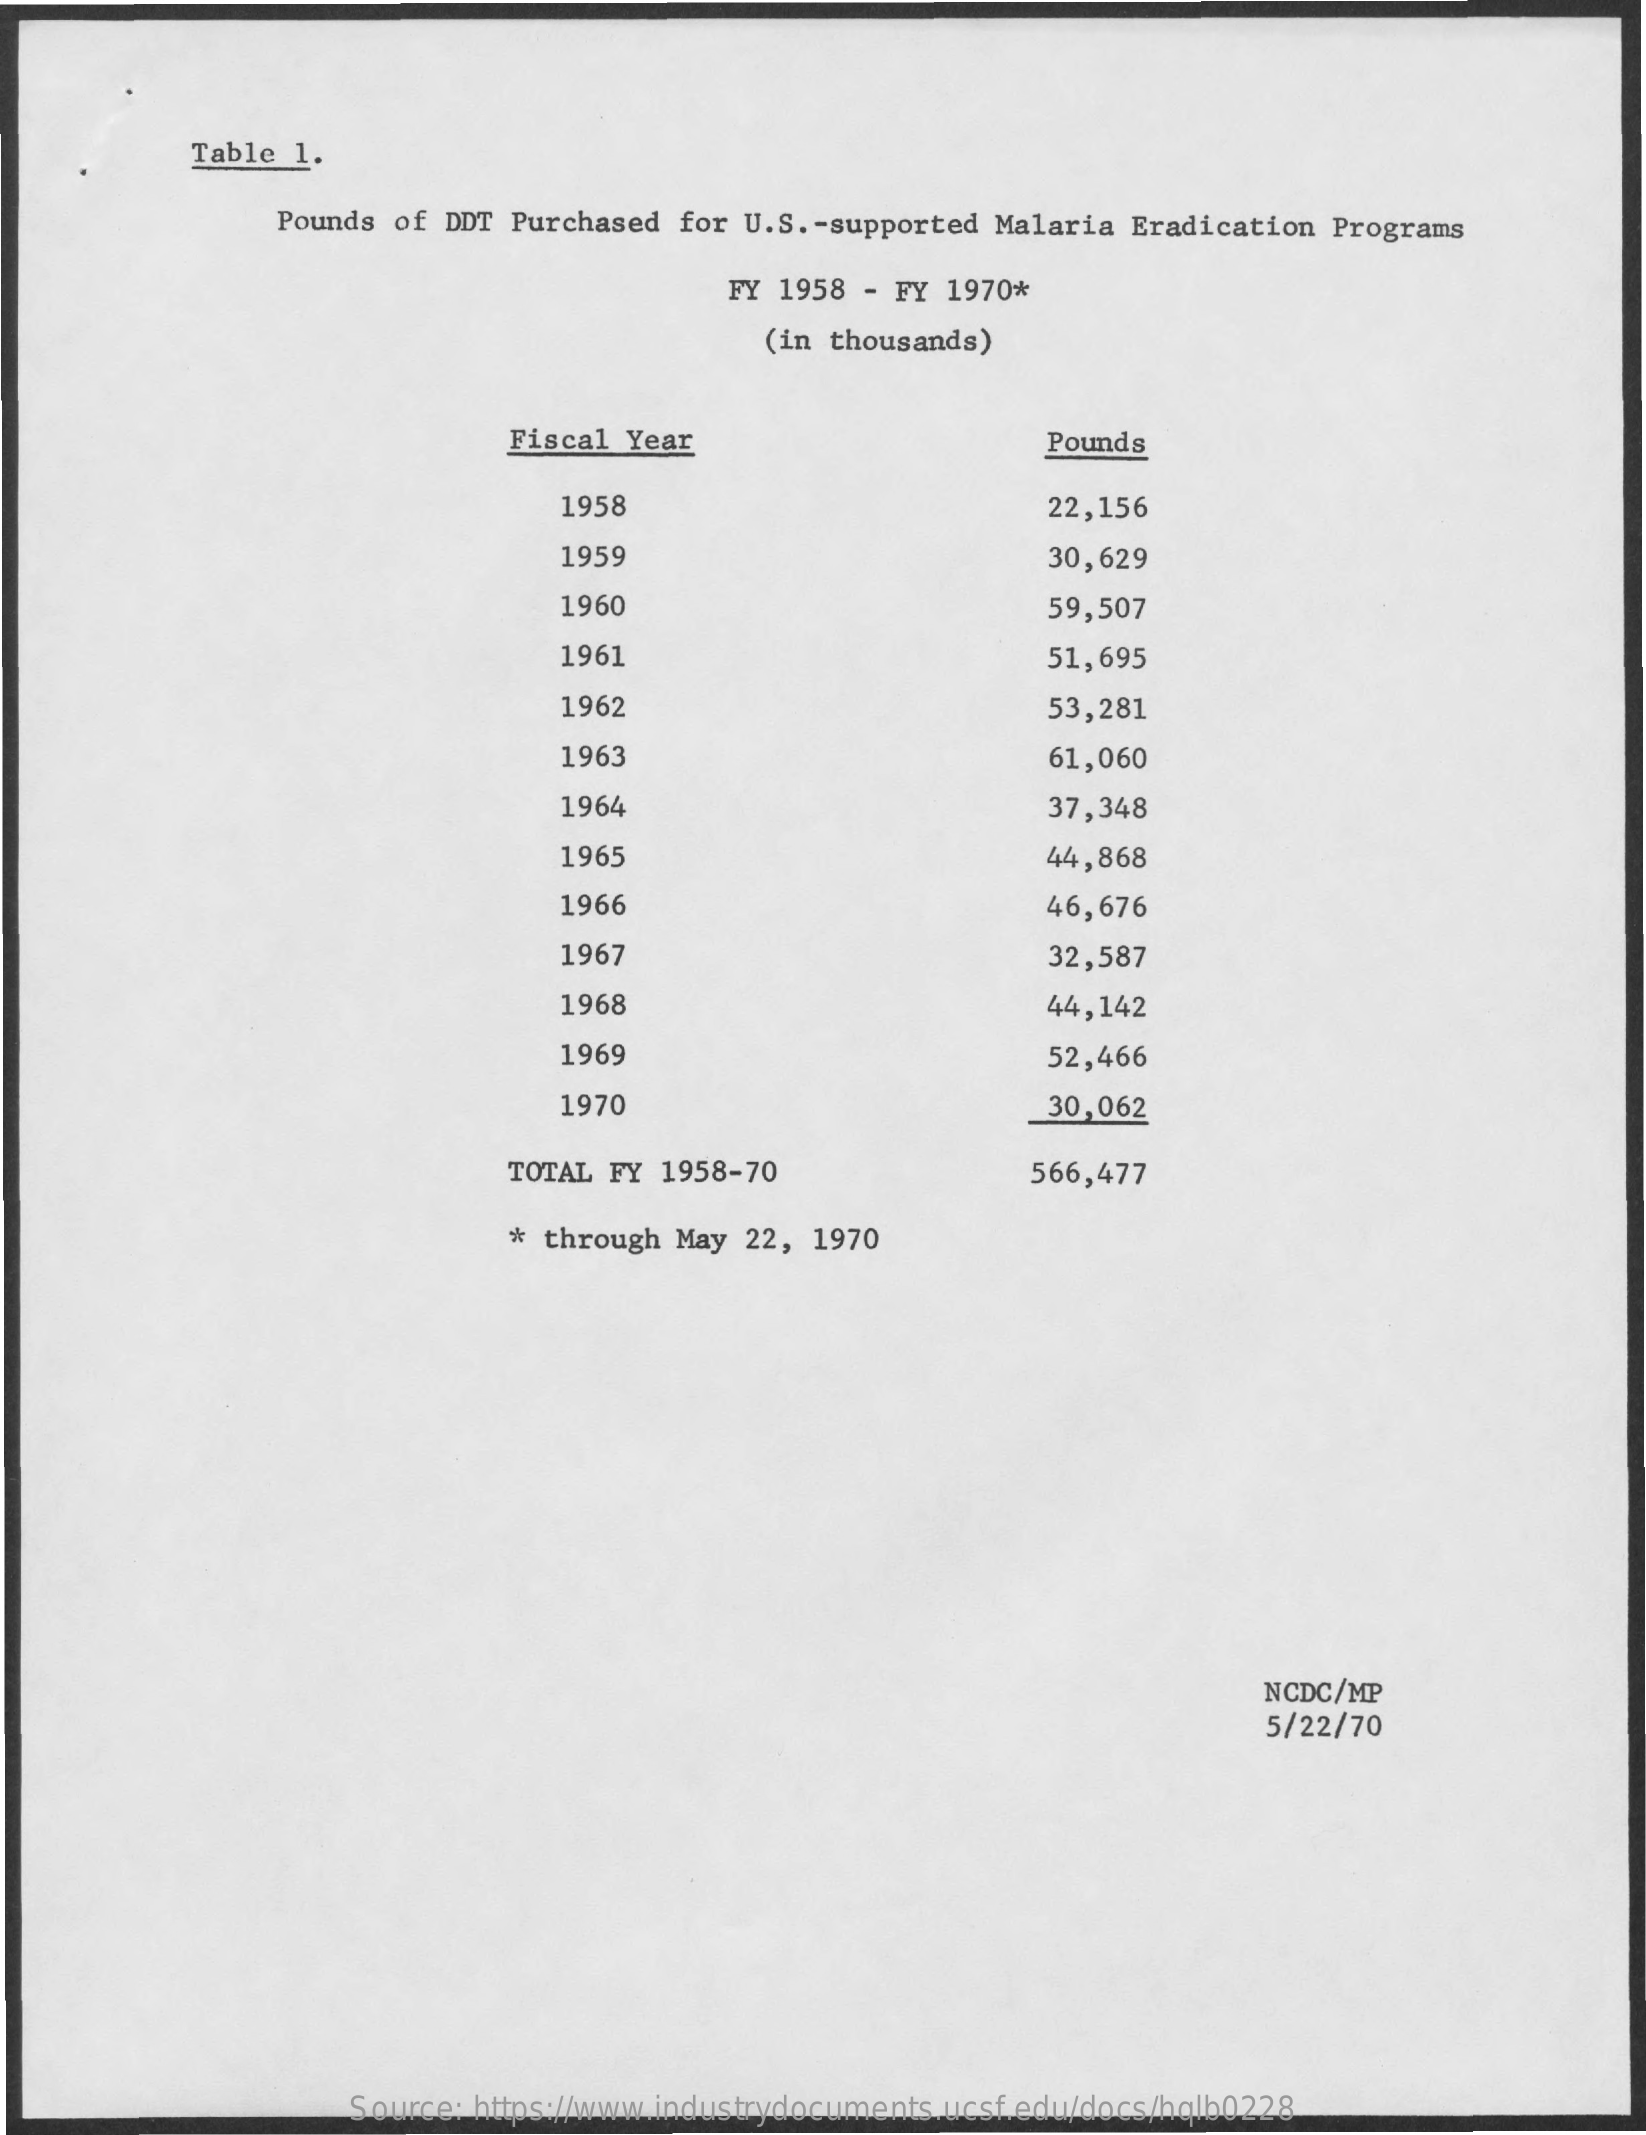
Table 1.
     Pounds of DDT Purchased for U.S. - supported Malaria Eradication Programs
     FY 1958 - FY 1970*
     (in thousands)
     Fiscal Year    Pounds
     1958    22,156
     1959    30,629
     1960    59,507
     1961    51,695
     1962    53,281
     1963    61,060
     1964    37,348
     1965    44,868
     1966    46,676
     1967    32,587
     1968    44,142
     1969    52,466
     1970    30,062
     TOTAL FY 1958-70    566,477
     * through May 22, 1970
     NCDC/MP
     5/22/70
     Source: https://www.industrydocuments.ucsf.edu/docs/hqlb0228